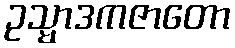
ဥသ္မာဒကဇာတော